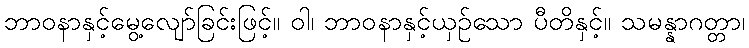
ဘာဝနာနှင့်မွေ့လျော်ခြင်းဖြင့်။ ဝါ၊ ဘာဝနာနှင့်ယှဉ်သော ပီတိနှင့်။ သမန္နာဂတ္တာ၊